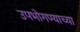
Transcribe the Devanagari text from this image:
उपभोगण्याच्या